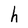
Character: h